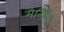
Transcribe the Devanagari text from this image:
मैर्लिन